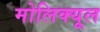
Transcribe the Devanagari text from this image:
मोलिक्यूल